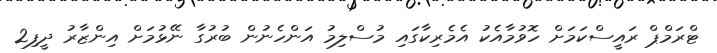
ޓްރަމްޕް ރައީސްކަމަށް ހޮވުމާއެކު އެމެރިކާގައި މުސްލިމު އަންހެނުން ބުރުގާ ނޭޅުމަށް އިންޒާރު ދީފި2